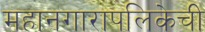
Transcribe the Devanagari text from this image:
महानगारापलिकेची